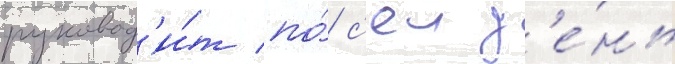
руковод'и́т по́ с'еи д'е́нь